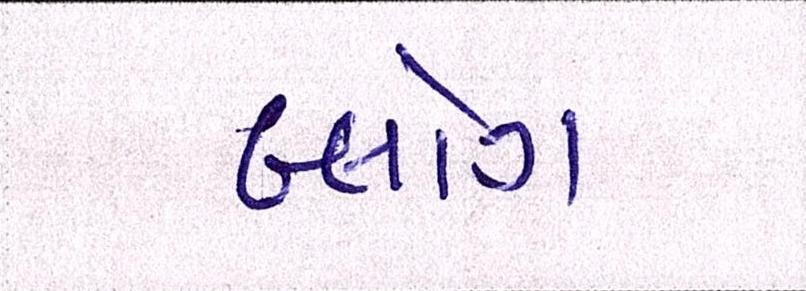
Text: બ્લોગ